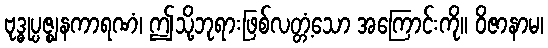
ဗုဒ္ဓုပ္ပဇ္ဈနကာရဏံ၊ ဤသို့ဘုရားဖြစ်လတ္တံ့သော အကြောင်းကို။ ဝိဇာနာမ၊